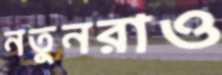
নতুনরাও